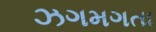
ઝગમગતા